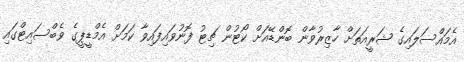
އެމައްސަލައިގެ ޝަރީއަތަށް ހާޒިރުވާން ބޮންޑޭއަށް ކޯޓުން ޗިޓު ފޮނުވައިފައިވާ ކަމަށް އެމްޑީޕީގެ ވެބްސައިޓްގައި